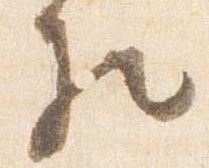
相